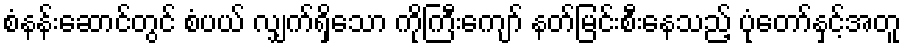
စံနန်းဆောင်တွင် စံပယ် လျှက်ရှိသော ကိုကြီးကျော် နတ်မြင်းစီးနေသည့် ပုံတော်နှင့်အတူ